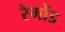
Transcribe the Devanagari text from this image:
रेमोंड